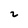
Character: 2